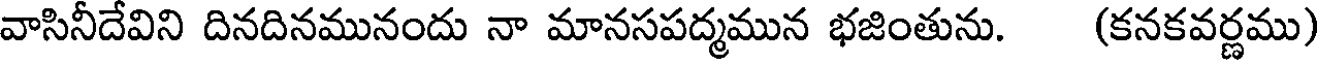
వాసినీదేవిని దినదినమునందు నా మానసపద్మమున భజింతును. (కనకవర్ణము)